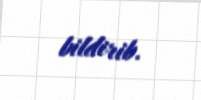
bildirib.